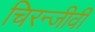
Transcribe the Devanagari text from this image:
चिरन्जीवी